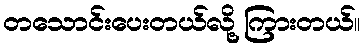
တသောင်းပေးတယ်လို့ ကြားတယ်။